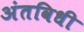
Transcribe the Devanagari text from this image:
अंतविधी